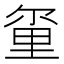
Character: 𫒂